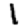
Digit: 1